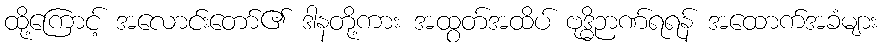
ထို့ကြောင့် အလောင်းတော်၏ ဒါနတို့ကား အထွတ်အထိပ် ဗုဒ္ဓိဉာဏ်ရရန် အထောက်အခံများ